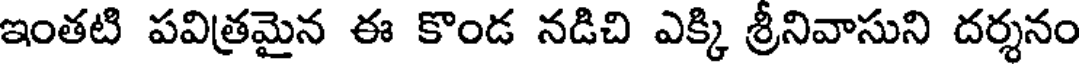
ఇంతటి పవిత్రమైన ఈ కొండ నడిచి ఎక్కి శ్రీనివాసుని దర్శనం